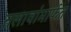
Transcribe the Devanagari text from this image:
तलावांमार्फत